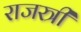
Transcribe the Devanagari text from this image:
राजस्त्री